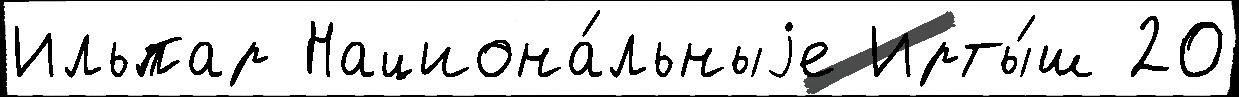
Ильпар Национа́льныjе Ирты́ш 20